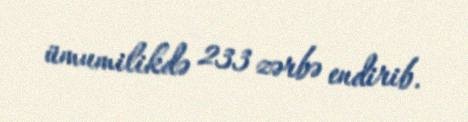
ümumilikdə 233 zərbə endirib.